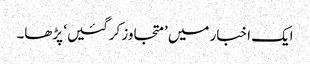
ایک اخبار میں ’متجاوز کرگئیں‘ پڑھا۔